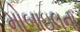
મોબાઇલના